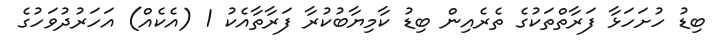
ބިޑު ހުށަހަޅާ ފަރާތްތަކުގެ ތެރެއިން ބިޑު ކާމިޔާބުކުރާ ފަރާތާއެކު 1 (އެކެއް) އަހަރުދުވަހުގެ